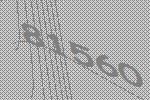
81560